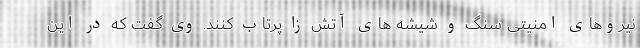
نیروهای امنیتی سنگ و شیشه های آتش زا پرتاب کنند. وی گفت که در این